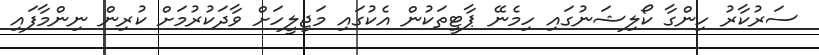
ސަރުކާރު ހިންގާ ކޯލިޝަނުގައި ހިމެނޭ ޕާޓީތަކުން އެކުގައި މަޖިލީހަށް ވާދަކުރުމަށް ކުރިން ނިންމާފައި